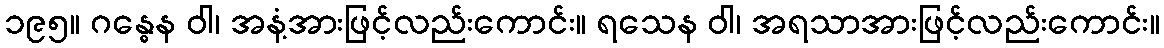
၁၉၅။ ဂန္ဓေန ဝါ၊ အနံ့အားဖြင့်လည်းကောင်း။ ရသေန ဝါ၊ အရသာအားဖြင့်လည်းကောင်း။